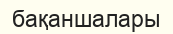
бақаншалары